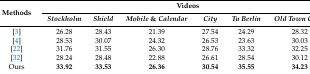
<table><thead><tr><td rowspan="2"><b>Methods</b></td><td colspan="6"><b>Videos</b></td></tr><tr><td><b><i>Stockholm</i></b></td><td><b><i>Shield</i></b></td><td><b><i>Mobile</i> &amp; <i>Calendar</i></b></td><td><b><i>City</i></b></td><td><b><i>Tu Berlin</i></b></td><td><b><i>Old Town Cross</i></b></td></tr></thead><tbody><tr><td>[3]</td><td>26.28</td><td>28.43</td><td>21.39</td><td>27.54</td><td>24.29</td><td>28.32</td></tr><tr><td>[4]</td><td>28.53</td><td>30.07</td><td>24.32</td><td>26.53</td><td>23.63</td><td>30.03</td></tr><tr><td>[22]</td><td>31.76</td><td>31.55</td><td>26.30</td><td>28.76</td><td>33.32</td><td>32.25</td></tr><tr><td>[32]</td><td>28.24</td><td>28.48</td><td>22.88</td><td>26.61</td><td>28.54</td><td>30.12</td></tr><tr><td>Ours</td><td><b>33.92</b></td><td><b>33.53</b></td><td><b>26.36</b></td><td><b>30.54</b></td><td><b>35.55</b></td><td><b>34.23</b></td></tr></tbody></table>